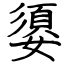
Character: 嬃